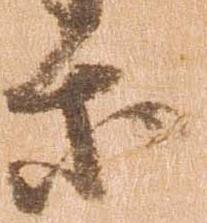
等